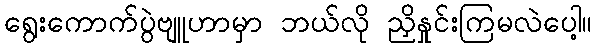
ရွေးကောက်ပွဲဗျူဟာမှာ ဘယ်လို ညှိနှုင်းကြမလဲပေါ့။